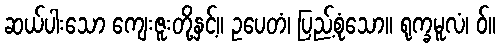
ဆယ်ပါးသော ကျေးဇူးတို့နှင့်။ ဥပေတံ၊ ပြည့်စုံသော။ ရုက္ခမူလံ၊ ဝ်။